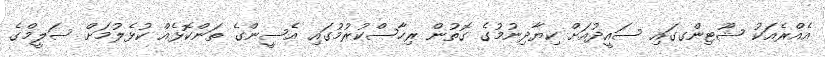
އެއްރެއަކު ޝޫޓިންގގައި ސައީދުއަށް ކިޔާދިނުމުގެ ގޮތުން ރިހާސްކުރުމުގައި އެސީންގެ ތަންކޮޅެއް ކުޅެލުމަށް ސަލީމްގެ